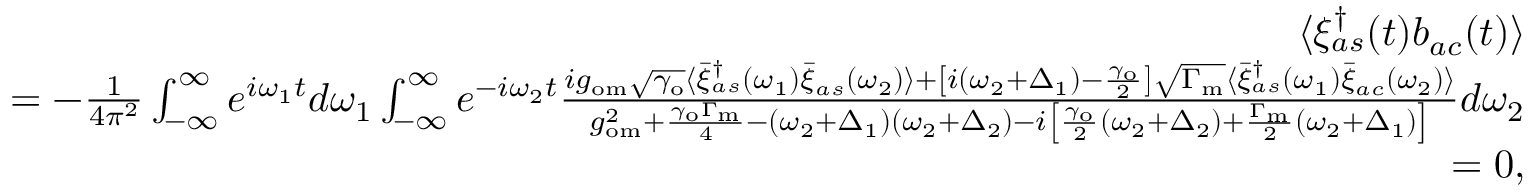
\begin{array} { r l r } & { } & { \langle \xi _ { a s } ^ { \dagger } ( t ) b _ { a c } ( t ) \rangle } \\ & { } & { = - \frac { 1 } { 4 \pi ^ { 2 } } \int _ { - \infty } ^ { \infty } e ^ { i \omega _ { 1 } t } d \omega _ { 1 } \int _ { - \infty } ^ { \infty } e ^ { - i \omega _ { 2 } t } \frac { i g _ { \mathrm { o m } } \sqrt { \gamma _ { \mathrm { o } } } \langle \bar { \xi } _ { a s } ^ { \dagger } ( \omega _ { 1 } ) \bar { \xi } _ { a s } ( \omega _ { 2 } ) \rangle + \left[ i ( \omega _ { 2 } + \Delta _ { 1 } ) - \frac { \gamma _ { \mathrm { o } } } { 2 } \right] \sqrt { \Gamma _ { \mathrm { m } } } \langle \bar { \xi } _ { a s } ^ { \dagger } ( \omega _ { 1 } ) \bar { \xi } _ { a c } ( \omega _ { 2 } ) \rangle } { g _ { \mathrm { o m } } ^ { 2 } + \frac { \gamma _ { \mathrm { o } } \Gamma _ { \mathrm { m } } } { 4 } - ( \omega _ { 2 } + \Delta _ { 1 } ) ( \omega _ { 2 } + \Delta _ { 2 } ) - i \left[ \frac { \gamma _ { \mathrm { o } } } { 2 } ( \omega _ { 2 } + \Delta _ { 2 } ) + \frac { \Gamma _ { \mathrm { m } } } { 2 } ( \omega _ { 2 } + \Delta _ { 1 } ) \right] } d \omega _ { 2 } } \\ & { } & { = 0 , } \end{array}